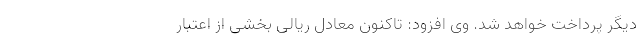
دیگر پرداخت خواهد شد. وی افزود: تاکنون معادل ریالی بخشی از اعتبار